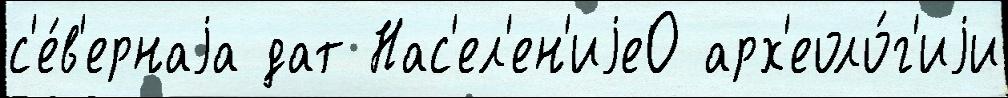
с'е́в'ернаjа дат Нас'ел'ен'иjе0 арх'еоло́г'иjи